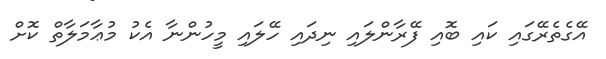
އޭގެތެރޭގައި ކައި ބޮއި ފޭރާންލައި ނިދައި ހޭލައި މީހުންނާ އެކު މުޢާމަލާތް ކޮށް